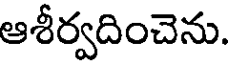
ఆశీర్వదించెను.